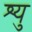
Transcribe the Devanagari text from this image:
श्यु